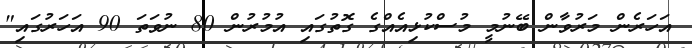
އަހަރެން މަރުވާން ބޭނުމީ މުސްކުޅިއެއްގެ ގޮތުގައި އުމުރުން 80 ނުވަތަ 90 އަހަރުގައި"